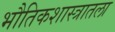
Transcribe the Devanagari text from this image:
भौतिकशास्त्रातला